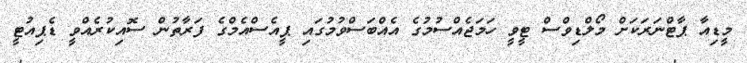
މީޑިއާ ޕާޓްނަރަކަށް މޯލްޑިވްސް ޓީވީ ހަމަޖެއްސުމުގެ އެއްބަސްވުމުގައި ޕީއެސްއެމްގެ ފަރާތުން ސޮއިކުރެއްވީ ޑެޕިއުޓީ